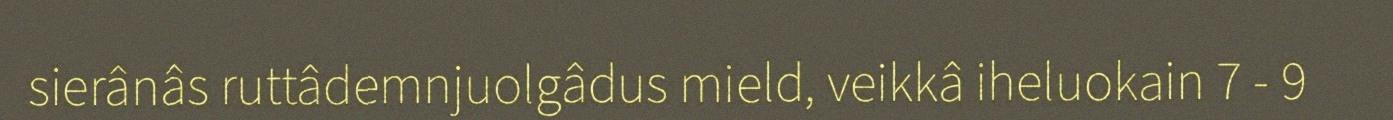
sierânâs ruttâdemnjuolgâdus mield, veikkâ iheluokain 7 - 9